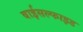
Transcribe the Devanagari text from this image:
बाईसल्फाइड